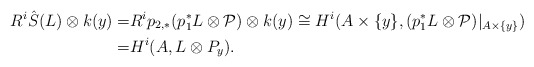
\begin{align*}R^i\hat{S}(L)\otimes k(y)=& R^ip_{2,*}(p_1^*L\otimes \mathcal{P})\otimes k(y)\cong H^i(A\times\{y\},(p_1^*L\otimes \mathcal{P})|_{A\times\{y\}}) \\=& H^i(A,L\otimes P_y).\end{align*}